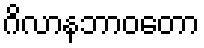
ဂိလာနဘာဝတော